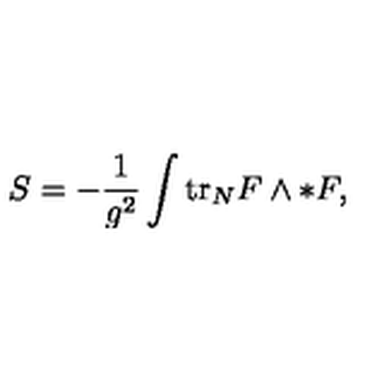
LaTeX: S = - \frac { 1 } { g ^ { 2 } } \int \mathrm { t r } _ { N } F \wedge * F ,